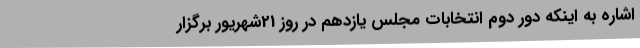
اشاره به اینکه دور دوم انتخابات مجلس یازدهم در روز 21شهریور برگزار